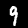
Label: 9